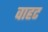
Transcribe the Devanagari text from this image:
वाहट